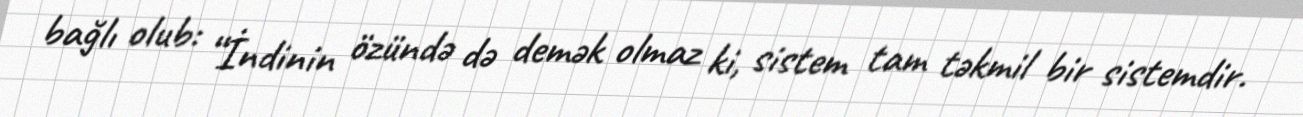
bağlı olub: “İndinin özündə də demək olmaz ki, sistem tam təkmil bir sistemdir.